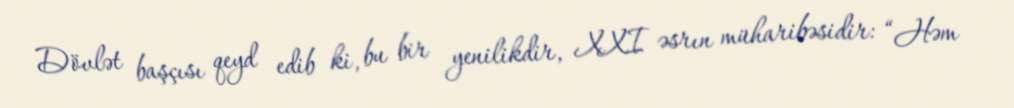
Dövlət başçısı qeyd edib ki, bu bir yenilikdir, XXI əsrın müharibəsidir: “Həm